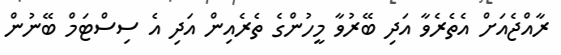
ރާއްޖެއަށް އެތެރެވާ އަދި ބޭރުވާ މީހުންގެ ތެރެއިން އަދި އެ ސިސްޓަމް ބޭނުން